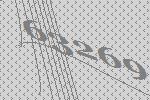
63269